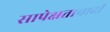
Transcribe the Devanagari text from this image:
सापेक्षतावादी